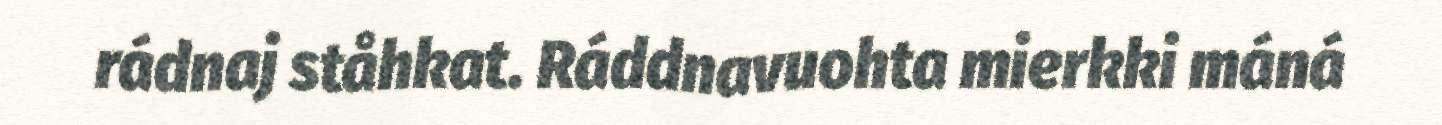
rádnaj ståhkat. Ráddnavuohta mierkki máná